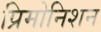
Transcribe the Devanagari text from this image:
प्रिमोनिशन